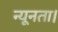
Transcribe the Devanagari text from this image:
न्यूनता।